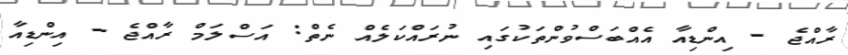
ރާއްޖެ - އިންޑިއާ އެއްބަސްވުންތަކުގައި ނުރައްކަލެއް ނެތް: އަސްލަމް ރާއްޖެ - އިންޑިއާ